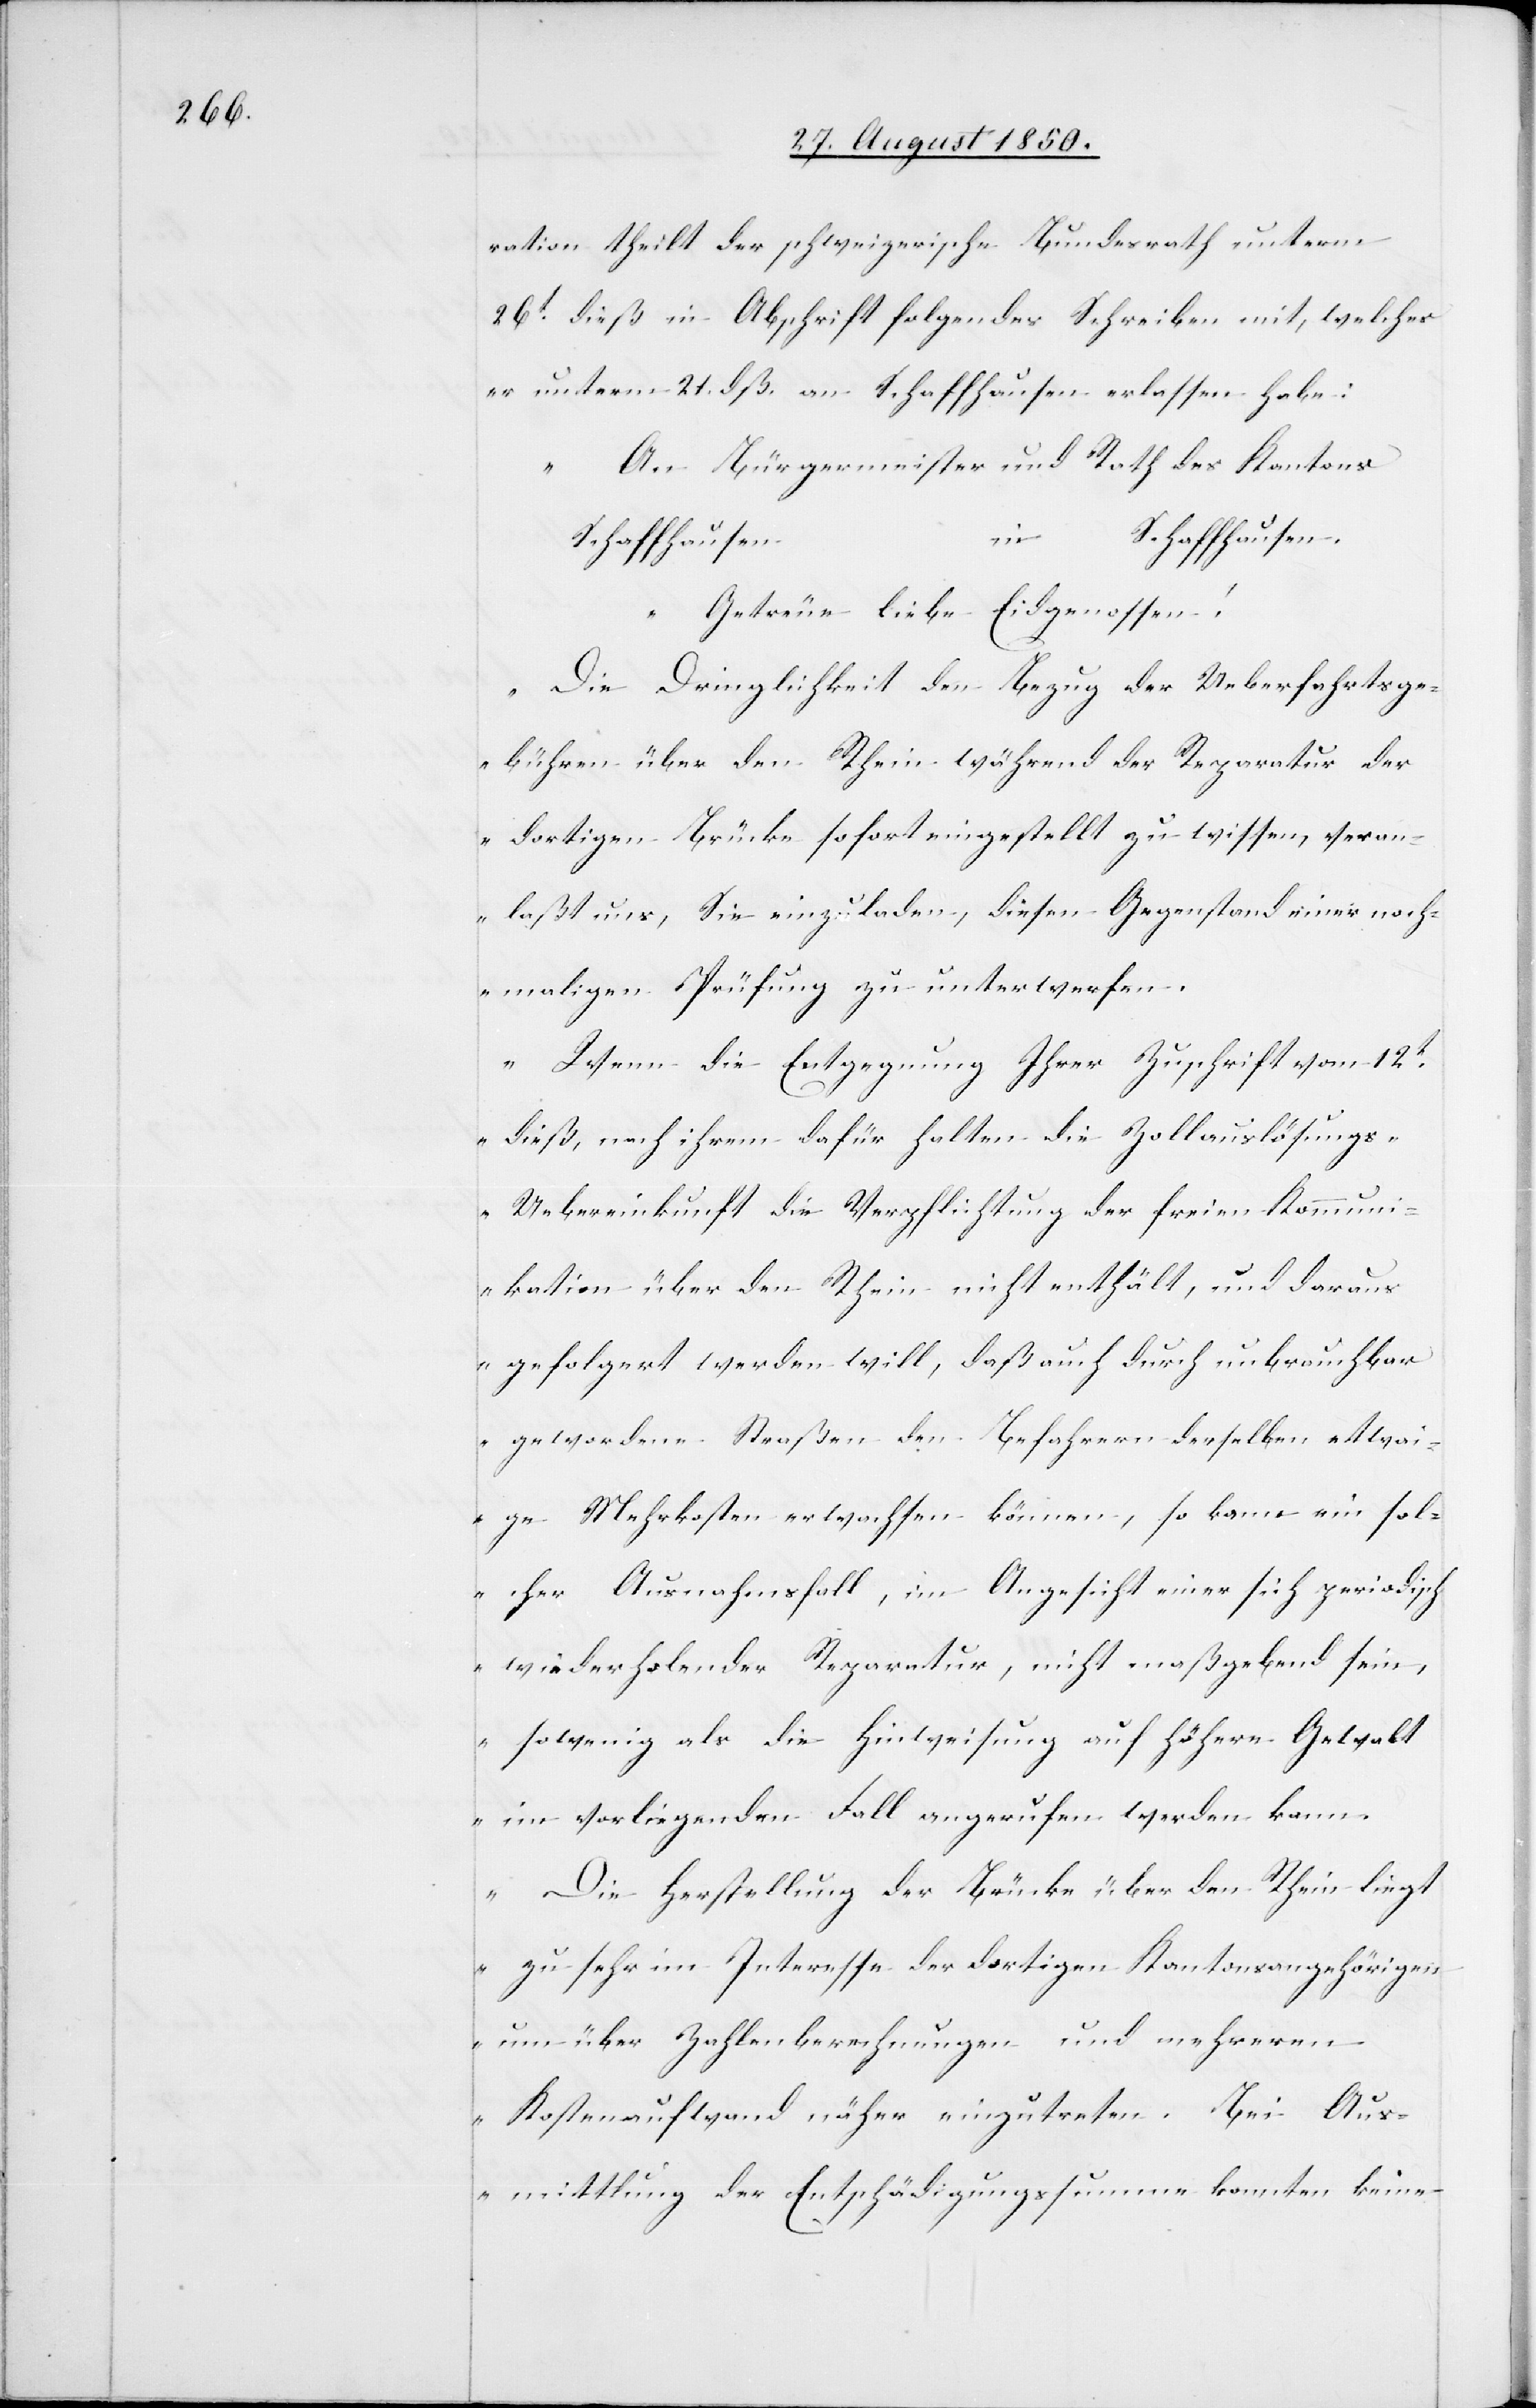
ration theilt der schweizerische Bundesrath unterm
26t dieß in Abschrift folgendes Schreiben mit, welches
er unterm 21. dß. an Schaffhausen erlassen habe:
„An Bürgermeister und Rath des Kantons
in …
Schaffhausen.
Schaffhausen
Getreue liebe Eidgenossen!
Die Dringlichkeit den Bezug der Ueberfahrtsge¬
…
bühren über den Rhein während der Reparatur der
dortigen Brücke sofort eingestellt zu wissen, veran¬
laßt uns, Sie einzuladen, diesen Gegenstand einer noch¬
maligen Prüfung zu unterwerfen.
Wenn die Entgegnung Ihrer Zuschrift vom 12t
dieß, nach ihrem dafür halten die Zollauslösung¬
s-Uebereinkunft die Verpflichtung der freien Kommuni¬
kation über den Rhein nicht enthält, und daraus
gefolgert werden will, daß auch durch unbrauchbar
gewordene Straßen den Befahrern derselben etwai¬
ge Mehrkosten erwachsen können, so kann ein sol¬
cher Ausnahmsfall, im Angesicht einer sich periodisch
wiederholender Reparatur, nicht maßgebend sein,
sowenig als die Hinweisung auf höhere Gewalt
im vorliegenden Fall angerufen werden kann.
Die Herstellung der Brücke über den Rhein liegt
zu sehr im Interesse der dortigen Kantonsangehörigen
um über Zahlenberechnungen und mehreren
Kostenaufwand näher einzutreten. Bei Aus¬
mittlung der Entschädigungssumme konnten keine